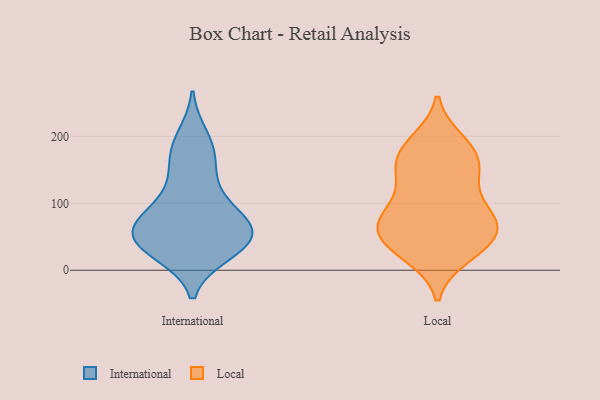
{"axis": {"x": "Conversion Rate (%)", "y": "Value"}, "legend": ["International", "Local"], "data": [{"x": "", "y": 68, "type": "International"}, {"x": "", "y": 25, "type": "International"}, {"x": "", "y": 200, "type": "International"}, {"x": "", "y": 41, "type": "International"}, {"x": "", "y": 88, "type": "International"}, {"x": "", "y": 154, "type": "International"}, {"x": "", "y": 61, "type": "International"}, {"x": "", "y": 187, "type": "International"}, {"x": "", "y": 124, "type": "International"}, {"x": "", "y": 32, "type": "International"}, {"x": "", "y": 69, "type": "International"}, {"x": "", "y": 64, "type": "International"}, {"x": "", "y": 61, "type": "International"}, {"x": "", "y": 105, "type": "International"}, {"x": "", "y": 57, "type": "International"}, {"x": "", "y": 167, "type": "International"}, {"x": "", "y": 26, "type": "International"}, {"x": "", "y": 39, "type": "International"}, {"x": "", "y": 189, "type": "Local"}, {"x": "", "y": 170, "type": "Local"}, {"x": "", "y": 192, "type": "Local"}, {"x": "", "y": 115, "type": "Local"}, {"x": "", "y": 147, "type": "Local"}, {"x": "", "y": 70, "type": "Local"}, {"x": "", "y": 70, "type": "Local"}, {"x": "", "y": 22, "type": "Local"}, {"x": "", "y": 84, "type": "Local"}, {"x": "", "y": 170, "type": "Local"}, {"x": "", "y": 75, "type": "Local"}, {"x": "", "y": 69, "type": "Local"}, {"x": "", "y": 155, "type": "Local"}, {"x": "", "y": 31, "type": "Local"}, {"x": "", "y": 33, "type": "Local"}, {"x": "", "y": 45, "type": "Local"}, {"x": "", "y": 44, "type": "Local"}, {"x": "", "y": 137, "type": "Local"}, {"x": "", "y": 81, "type": "Local"}]}